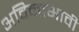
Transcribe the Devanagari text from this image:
अविनाभावी